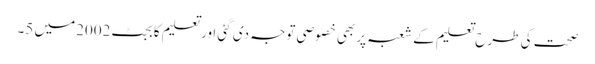
صحت کی طرح تعلیم کے شعبہ پر بھی خصوصی توجہ دی گئی اور تعلیم کا بجٹ2002میں 5۔